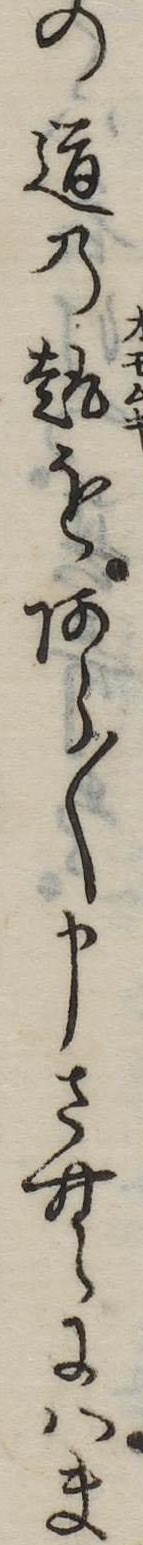
の道の趣をあら〱申さむにはま